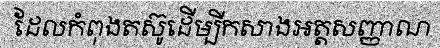
ដែលកំពុងតស៊ូដើម្បីកសាងអត្តសញ្ញាណ